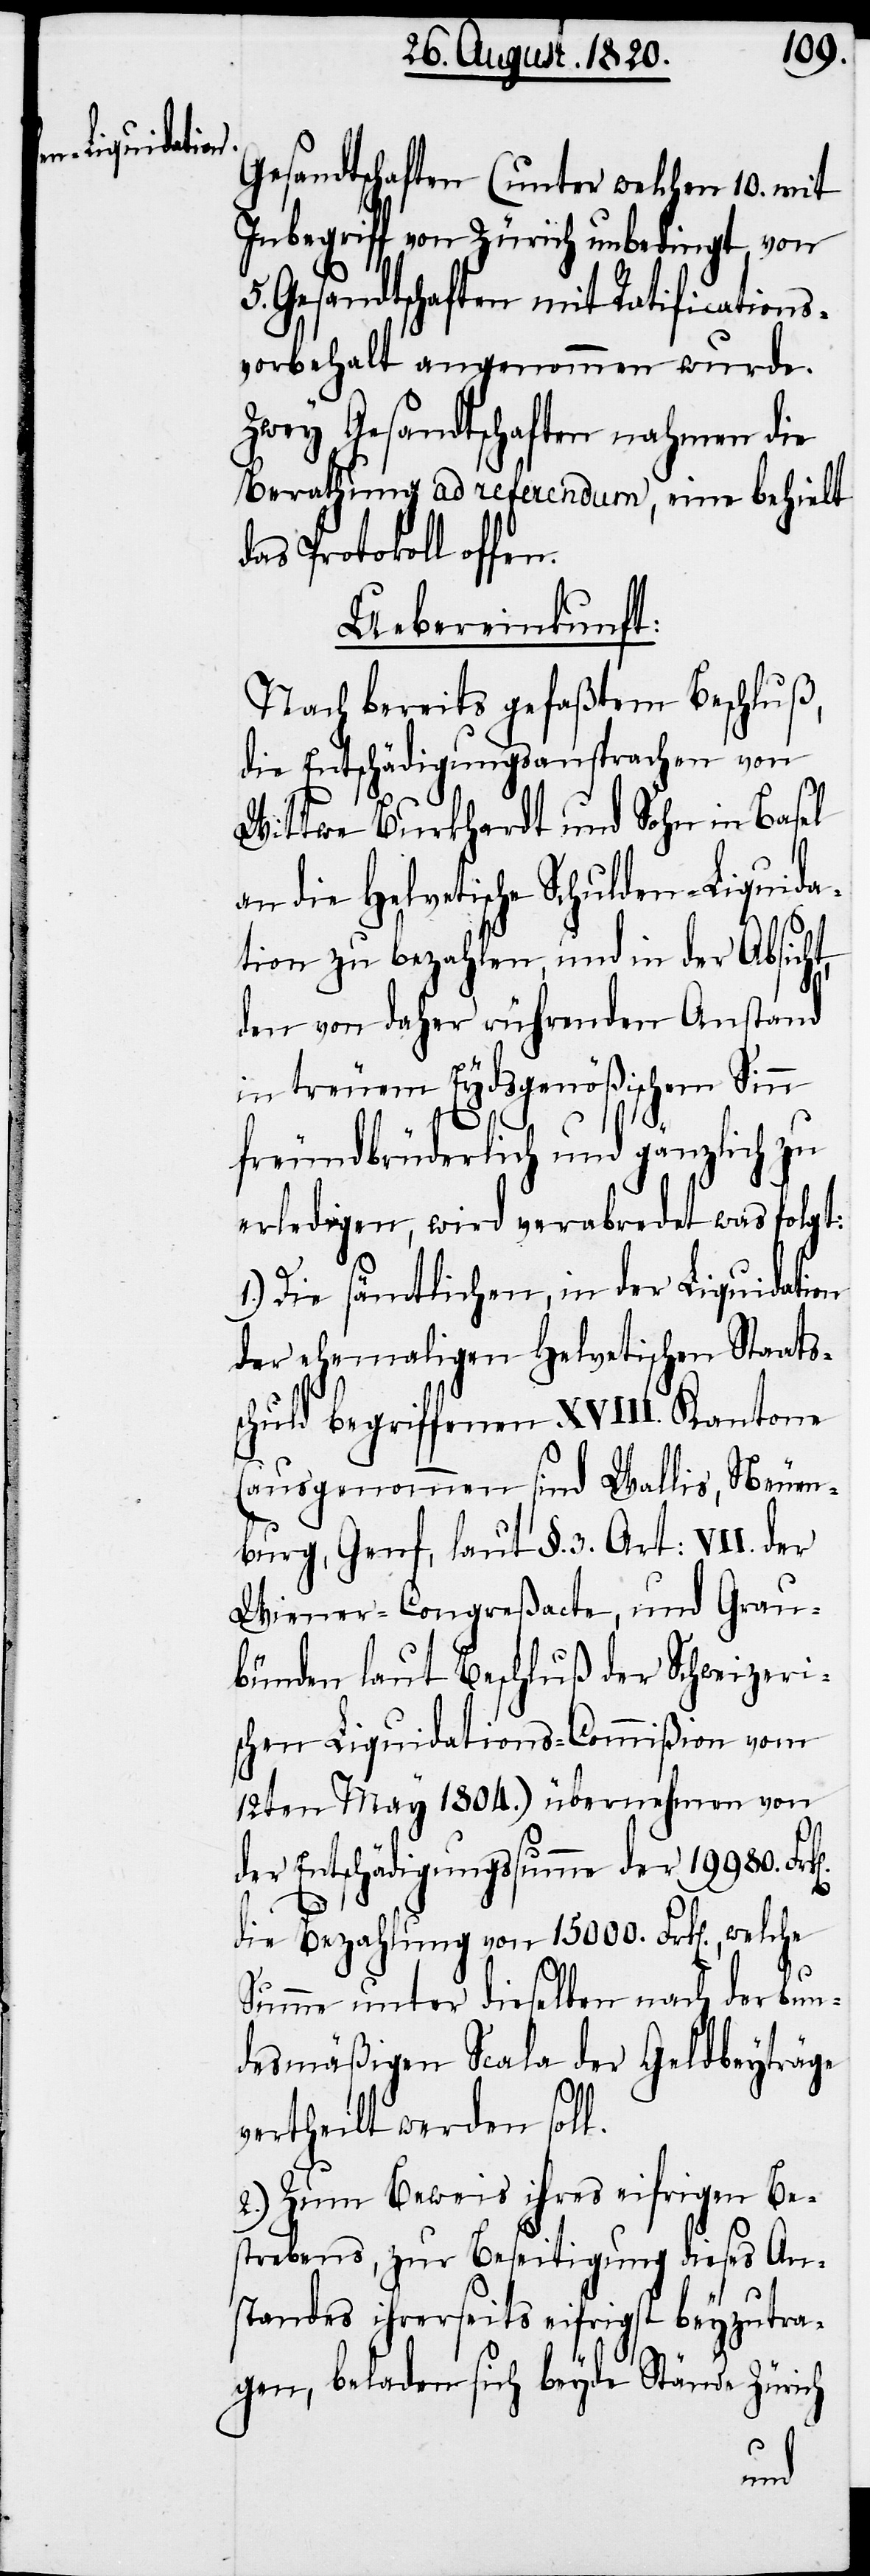
Gesandtschaften (unter welchen 10. mit
Inbegriff von Zürich unbedingt von
5. Gesandtschaften mit Ratifications¬
vorbehalt angenommen wurde.
Zwey Gesandtschaften nahmen die
Berathung ad referendum, eine behielt
das Protokoll offen.
Uebereinkunft:
Nach bereits gefaßtem Beschluß,
die Entschädigungsansprachen von
Wittwe Burkhardt und Sohn in Basel
an die Helvetische Schulden-Liquida¬
tion zu bezahlen, und in der Absicht,
den von daher rührenden Anstand
in treuen Eydsgenößischen Sinn
freundbrüderlich und gänzlich zu
erledigen, wird verabredet was folgt:
1.) Die sämtlichen, in der Liquidation
der ehemaligen Helvetischen Staats¬
schuld begriffenen XVIII. Kantone
(ausgenommen sind Wallis, Neuen¬
burg, Genf, laut §. 3. Art: VII. der
Wiener-Congreßacte, und Grau¬
bünden laut Beschluß der Schweizeri¬
schen Liquidations-Commißion vom
12ten May 1804.) übernahmen von
der Entschädigungssumme der 19980.
die Bezahlung von 15000. Frk[e¬
Summe unter dieselben nach der bun¬
desmäßigen Scala der Geldbeyträge
welche
entheilt werden soll.
2.) Zum Beweis ihres eifrigen Be¬
strebens, zur Beseitigung dieses An¬
standes ihrerseits eifrigst beyzutra¬
gen, beladen sich beyde Stände Zürich
n].,